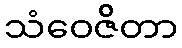
သံဝေဇိတာ